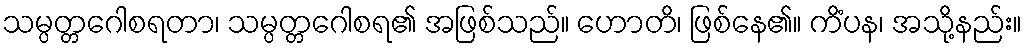
သမ္ပတ္တဂေါစရတာ၊ သမ္ပတ္တဂေါစရ၏ အဖြစ်သည်။ ဟောတိ၊ ဖြစ်နေ၏။ ကိံပန၊ အသို့နည်း။